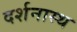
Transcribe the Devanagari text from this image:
दर्शनास्थ